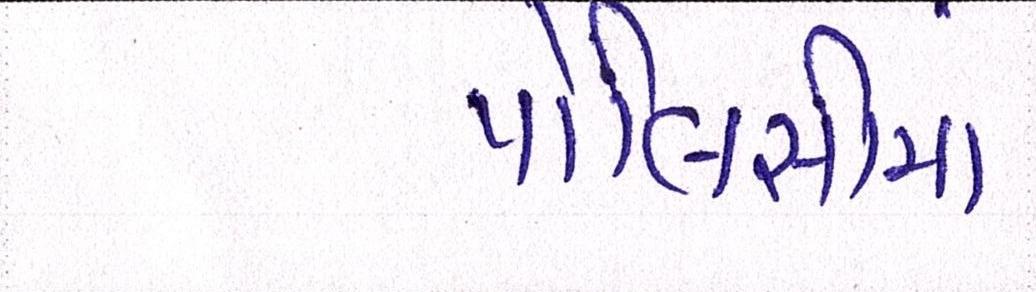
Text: પોલિસીમાં